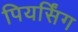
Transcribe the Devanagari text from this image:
पियर्सिंग